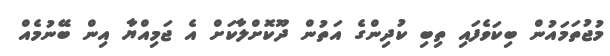
މުޖުތަމައުން ބިކަވެފައި ތިބި ކުދިންގެ އަތުން ދޫކޮށްލާކަށް އެ ޖަމިއްޔާ އިން ބޭނުމެއް